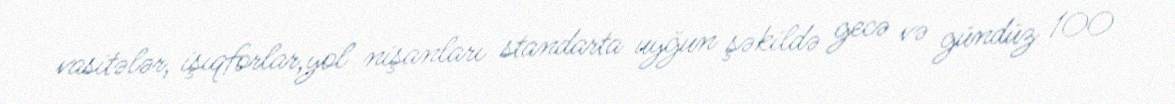
vasitələr, işıqforlar,yol nişanları standarta uyğun şəkildə gecə və gündüz 100